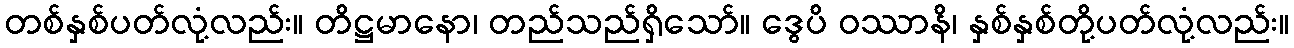
တစ်နှစ်ပတ်လုံ့လည်း။ တိဋ္ဌမာနော၊ တည်သည်ရှိသော်။ ဒွေပိ ဝဿာနိ၊ နှစ်နှစ်တို့ပတ်လုံ့လည်း။